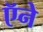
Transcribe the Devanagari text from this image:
ऍने